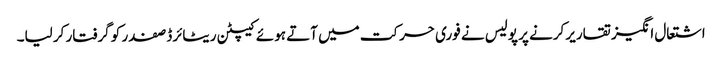
اشتعال انگیز تقاریر کرنے پر پولیس نے فوری حرکت میں آتے ہوئے کیپٹن ریٹائرڈ صفدر کو گرفتار کر لیا۔